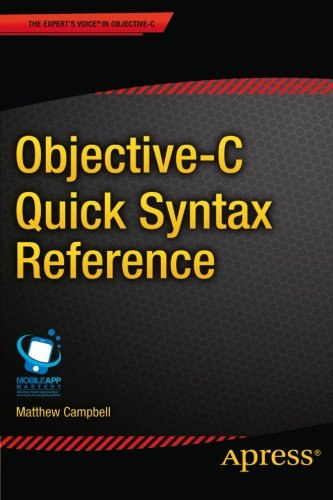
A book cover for Objective-C Quick Syntax Reference (Expert's Voice in Objective-C); Matthew Campbell; Computers & Technology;